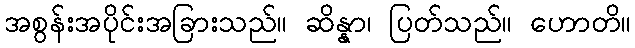
အစွန်းအပိုင်းအခြားသည်။ ဆိန္နာ၊ ပြတ်သည်။ ဟောတိ။